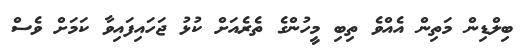
ބިލްޑިން މަތިން އެއްވެ ތިބި މީހުންގެ ތެރެއަށް ކުޅު ޖަހައިފައިވާ ކަމަށް ވެސް